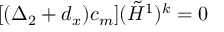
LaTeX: [ ( \Delta _ { 2 } + d _ { x } ) c _ { m } ] ( { \tilde { H } } ^ { 1 } ) ^ { k } = 0